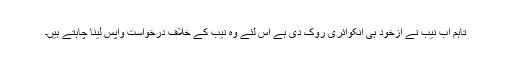
تاہم اب نیب نے ازخود ہی انکوائری روک دی ہے اس لئے وہ نیب کے خلاف درخواست واپس لینا چاہتے ہیں۔